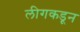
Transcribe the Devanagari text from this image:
लीगकडून